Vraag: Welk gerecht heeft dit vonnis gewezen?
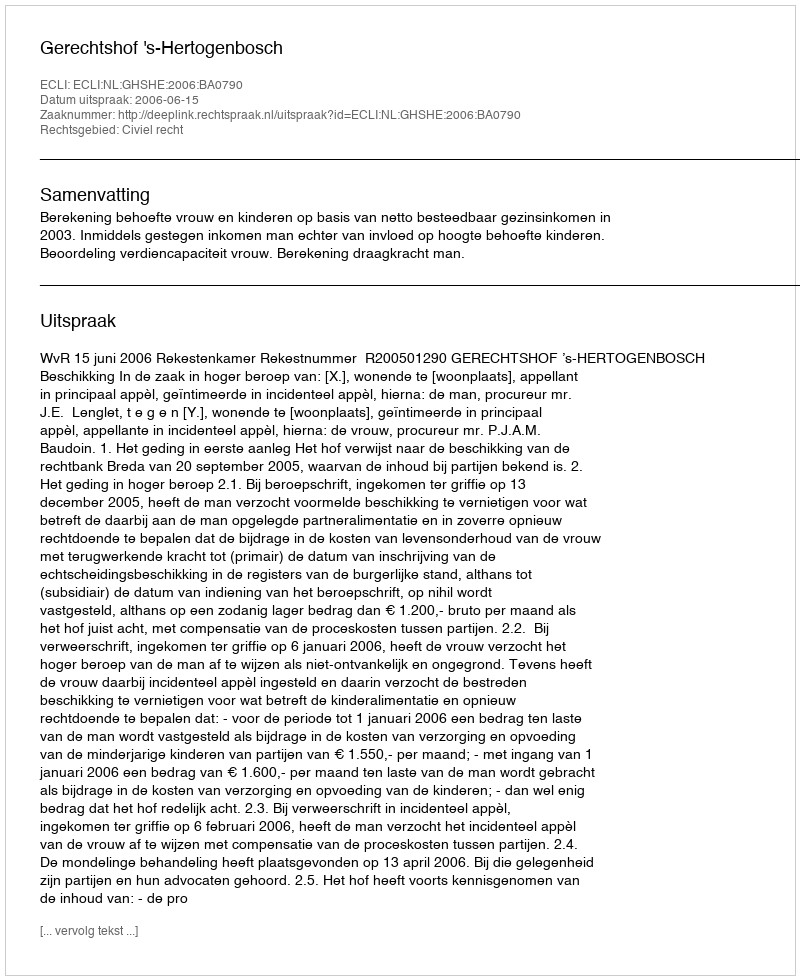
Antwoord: Gerechtshof 's-Hertogenbosch